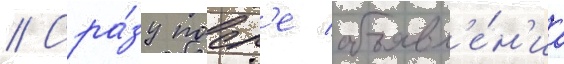
// Сра́зу посл'е объявл'е́н'иа